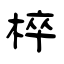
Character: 椊